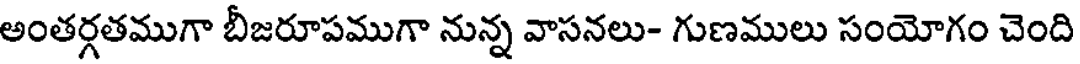
అంతర్గతముగా బీజరూపముగా నున్న వాసనలు- గుణములు సంయోగం చెంది